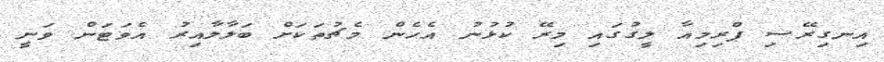
އިނގިރޭސި ޕްރިމިއާ ލީގުގައި މިރޭ ކުޅުނު އެހެން މެޗުތަކަށް ބަލާލާއިރު އެވަޓަން ވަނީ